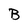
Character: B